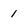
Character: 1